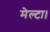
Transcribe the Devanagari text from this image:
मेल्टा।